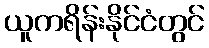
ယူကရိန်းနိုင်ငံတွင်